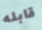
قابله